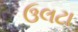
ઉલટા